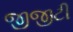
જીજીટી